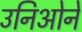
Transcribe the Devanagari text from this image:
उनिओने